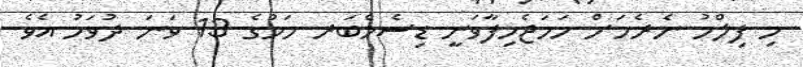
މި ފިލްމު ނެރެމަށް ހަމަޖެހިފާވަނީ ޑިސެމްބަރ މަހުގެ 13 ވަނަ ދުވަހު އެވެ.